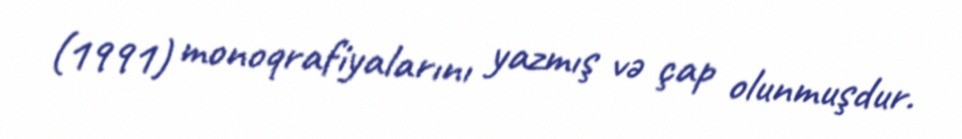
(1991) monoqrafiyalarını yazmış və çap olunmuşdur.